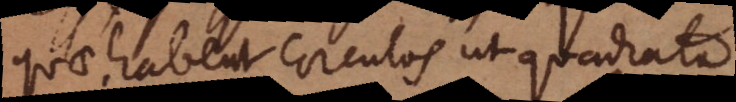
quae habent circulos ut quadrata.